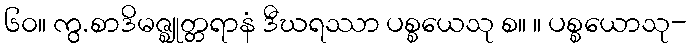
၆၀။ ကွ.စာဒိမဇ္ဈုတ္တရာနံ ဒီဃရဿာ ပစ္စယေသု စ။ ။ ပစ္စယောသု-